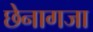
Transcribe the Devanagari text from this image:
छेनागजा